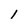
Character: l